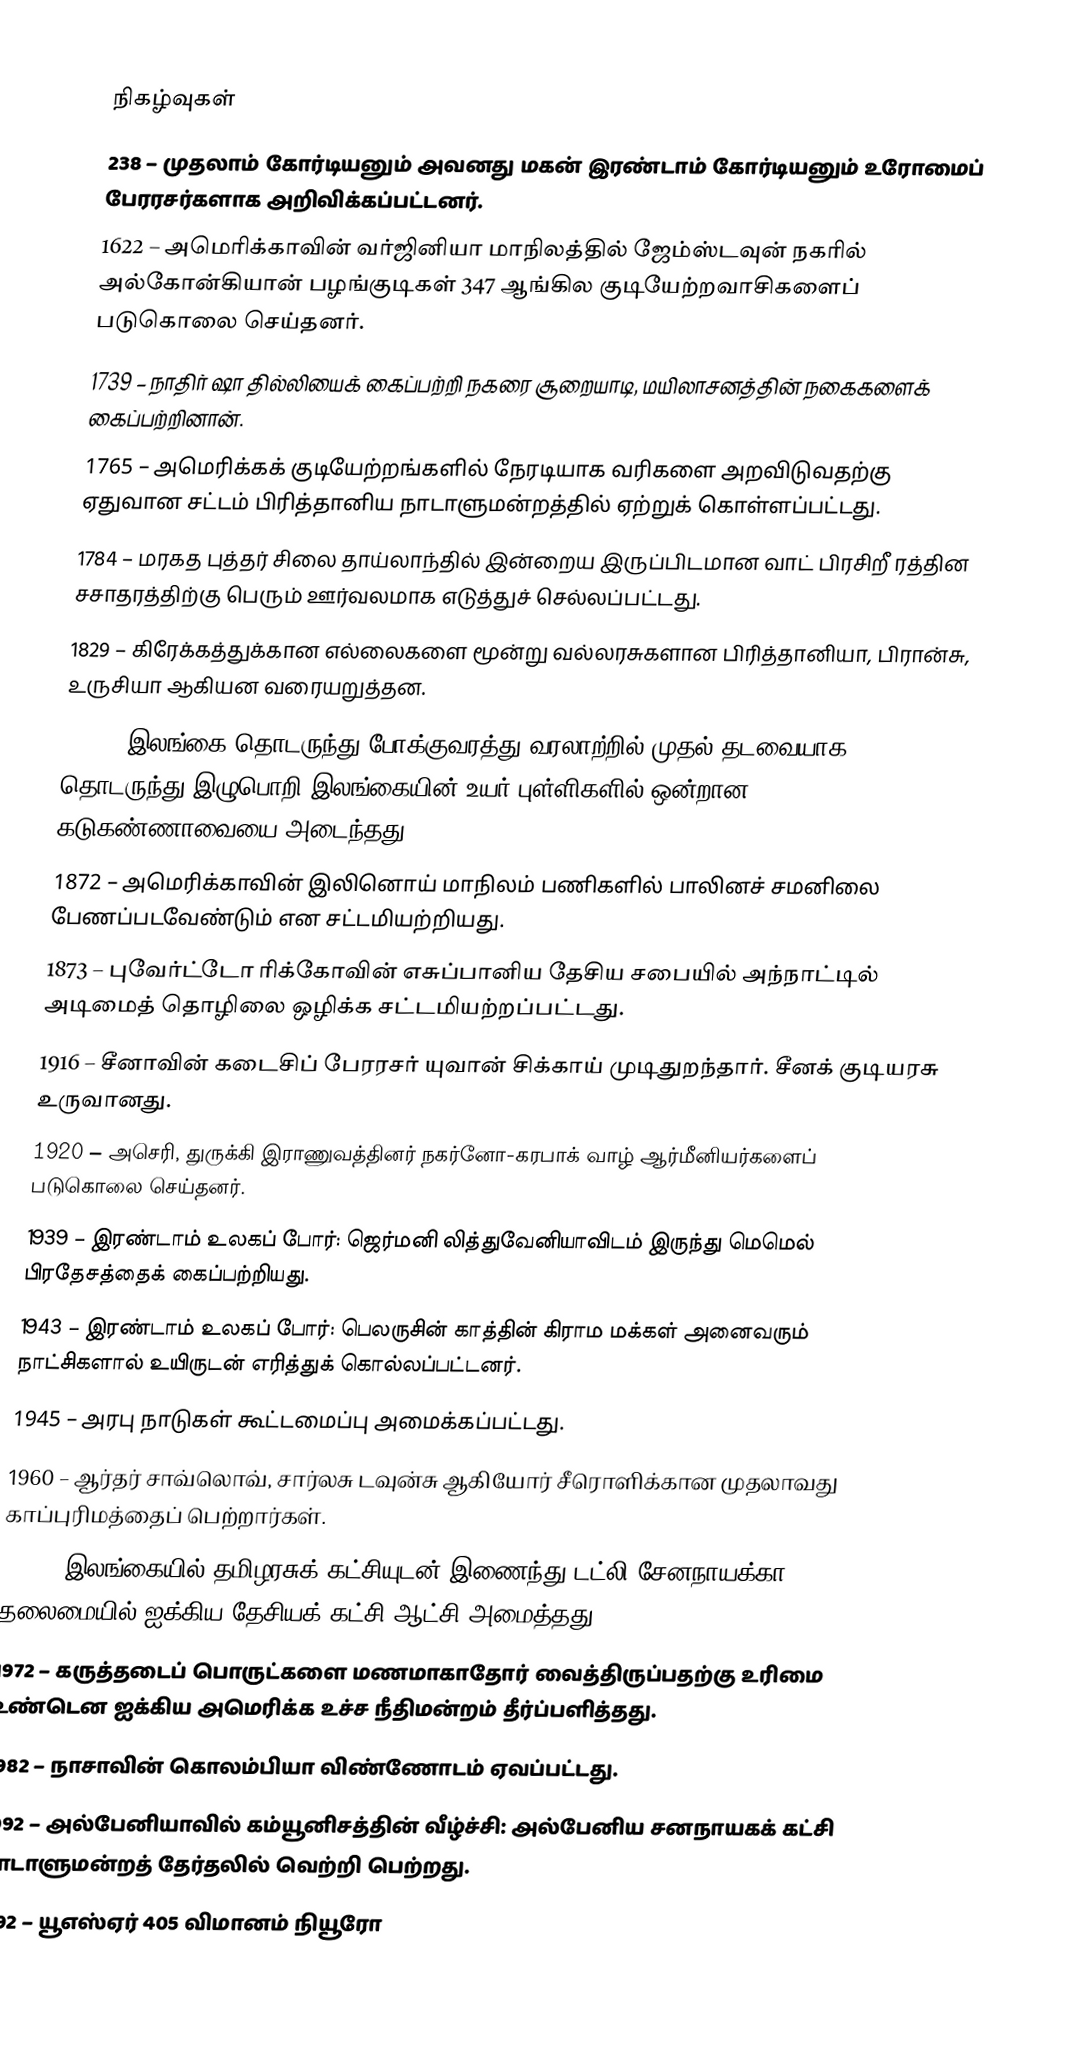

நிகழ்வுகள்
 238 – முதலாம் கோர்டியனும் அவனது மகன் இரண்டாம் கோர்டியனும் உரோமைப் பேரரசர்களாக அறிவிக்கப்பட்டனர்.
1622 – அமெரிக்காவின் வர்ஜினியா மாநிலத்தில் ஜேம்ஸ்டவுன் நகரில் அல்கோன்கியான் பழங்குடிகள் 347 ஆங்கில குடியேற்றவாசிகளைப் படுகொலை செய்தனர்.
1739 – நாதிர் ஷா தில்லியைக் கைப்பற்றி நகரை சூறையாடி, மயிலாசனத்தின் நகைகளைக் கைப்பற்றினான்.
1765 – அமெரிக்கக் குடியேற்றங்களில் நேரடியாக வரிகளை அறவிடுவதற்கு ஏதுவான சட்டம் பிரித்தானிய நாடாளுமன்றத்தில் ஏற்றுக் கொள்ளப்பட்டது.
1784 – மரகத புத்தர் சிலை தாய்லாந்தில் இன்றைய இருப்பிடமான வாட் பிரசிறீ ரத்தின சசாதரத்திற்கு பெரும் ஊர்வலமாக எடுத்துச் செல்லப்பட்டது.
1829 – கிரேக்கத்துக்கான எல்லைகளை மூன்று வல்லரசுகளான பிரித்தானியா, பிரான்சு, உருசியா ஆகியன வரையறுத்தன.
1867 – இலங்கை தொடருந்து போக்குவரத்து வரலாற்றில் முதல் தடவையாக தொடருந்து இழுபொறி இலங்கையின் உயர் புள்ளிகளில் ஒன்றான கடுகண்ணாவையை அடைந்தது.
1872 – அமெரிக்காவின் இலினொய் மாநிலம் பணிகளில் பாலினச் சமனிலை பேணப்படவேண்டும் என சட்டமியற்றியது.
1873 – புவேர்ட்டோ ரிக்கோவின் எசுப்பானிய தேசிய சபையில் அந்நாட்டில் அடிமைத் தொழிலை ஒழிக்க சட்டமியற்றப்பட்டது.
1916 – சீனாவின் கடைசிப் பேரரசர் யுவான் சிக்காய் முடிதுறந்தார். சீனக் குடியரசு உருவானது.
1920 – அசெரி, துருக்கி இராணுவத்தினர் நகர்னோ-கரபாக் வாழ் ஆர்மீனியர்களைப் படுகொலை செய்தனர்.
1939 – இரண்டாம் உலகப் போர்: ஜெர்மனி லித்துவேனியாவிடம் இருந்து மெமெல் பிரதேசத்தைக் கைப்பற்றியது.
1943 – இரண்டாம் உலகப் போர்: பெலருசின் காத்தின் கிராம மக்கள் அனைவரும் நாட்சிகளால் உயிருடன் எரித்துக் கொல்லப்பட்டனர்.
1945 – அரபு நாடுகள் கூட்டமைப்பு அமைக்கப்பட்டது.
1960 – ஆர்தர் சாவ்லொவ், சார்லசு டவுன்சு ஆகியோர் சீரொளிக்கான முதலாவது காப்புரிமத்தைப் பெற்றார்கள்.
1965 – இலங்கையில் தமிழரசுக் கட்சியுடன் இணைந்து டட்லி சேனநாயக்கா தலைமையில் ஐக்கிய தேசியக் கட்சி ஆட்சி அமைத்தது.
1972 – கருத்தடைப் பொருட்களை மணமாகாதோர் வைத்திருப்பதற்கு உரிமை உண்டென ஐக்கிய அமெரிக்க உச்ச நீதிமன்றம் தீர்ப்பளித்தது.
1982 – நாசாவின் கொலம்பியா விண்ணோடம் ஏவப்பட்டது.
1992 – அல்பேனியாவில் கம்யூனிசத்தின் வீழ்ச்சி: அல்பேனிய சனநாயகக் கட்சி நாடாளுமன்றத் தேர்தலில் வெற்றி பெற்றது.
1992 – யூஎஸ்ஏர் 405 விமானம் நியூரோ